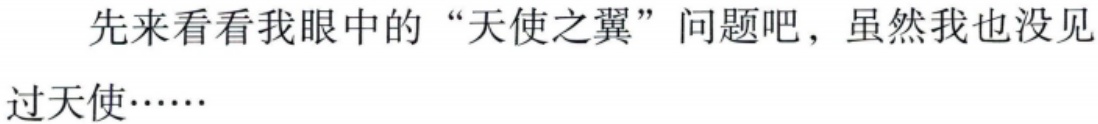
先来看看我眼中的 “天使之翼” 问题吧，虽然我也没见
过天使……